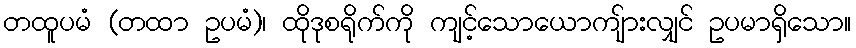
တထူပမံ (တထာ ဥပမံ)၊ ထိုဒုစရိုက်ကို ကျင့်သောယောကျ်ားလျှင် ဥပမာရှိသော။